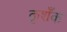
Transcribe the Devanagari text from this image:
कृशँक